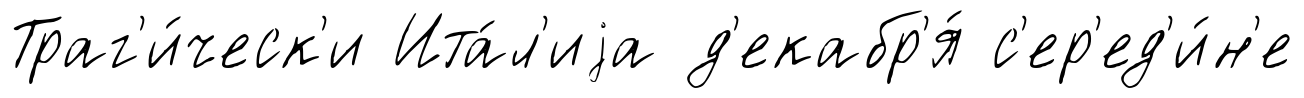
Траг'и́ческ'и Ита́л'иjа д'екабр'я́ с'ер'ед'и́н'е